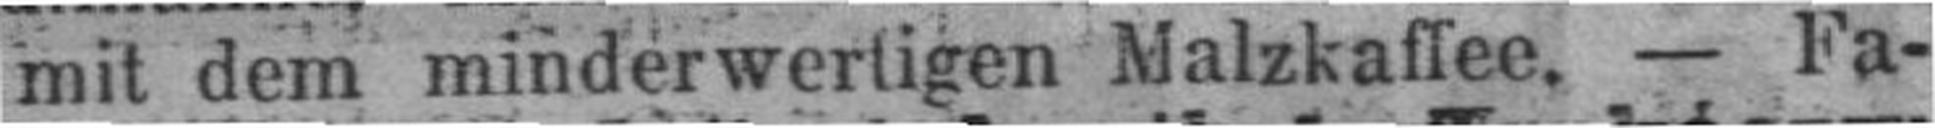
mit dem minderwertigen Malzkaffee. — Fa¬